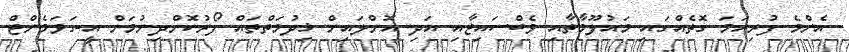
އެންމެ ފުރިހަމަ ގޮތެއްގައި މައުލޫމާތާއި ވެބްސައިޓާއި އަދި އޮންލައިން ޚިދުމަތްތައް ފޯރުކޮށްދިނުމަށް އީ-ގަވަމެންޓް